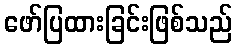
ဖော်ပြထားခြင်းဖြစ်သည်